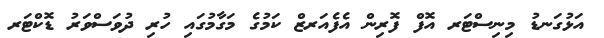
އަޅުގަނޑު މިނިސްޓަރ އޮފް ފޮރިން އެފެއަރޒް ކަމުގެ މަގާމުގައި ހުރި ދުވަސްވަރު ޑޮކްޓަރ